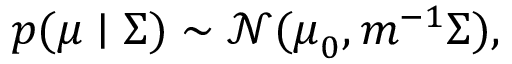
p ( { \boldsymbol { \mu } } \mid { \boldsymbol { \Sigma } } ) \sim { \mathcal { N } } ( { \boldsymbol { \mu } } _ { 0 } , m ^ { - 1 } { \boldsymbol { \Sigma } } ) ,